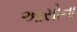
આસોના